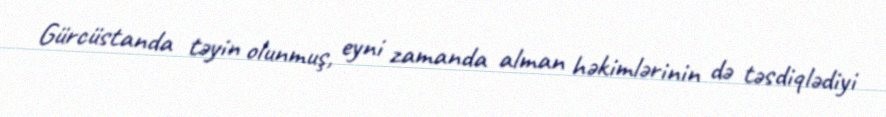
Gürcüstanda təyin olunmuş, eyni zamanda alman həkimlərinin də təsdiqlədiyi